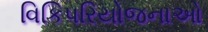
વિકિપરિયોજનાઓ